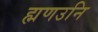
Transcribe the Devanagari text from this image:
ह्मणउनि